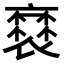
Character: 𧜸